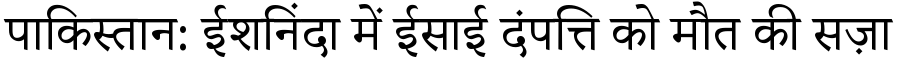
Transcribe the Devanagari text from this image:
पाकिस्तान: ईशनिंदा में ईसाई दंपत्ति को मौत की सज़ा